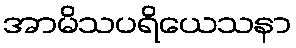
အာမိသပရိယေသနာ